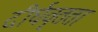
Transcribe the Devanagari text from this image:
दीर्घवृतता